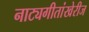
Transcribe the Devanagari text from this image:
नाट्यगीतांखेरीज